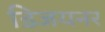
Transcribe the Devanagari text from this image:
डिजयनर